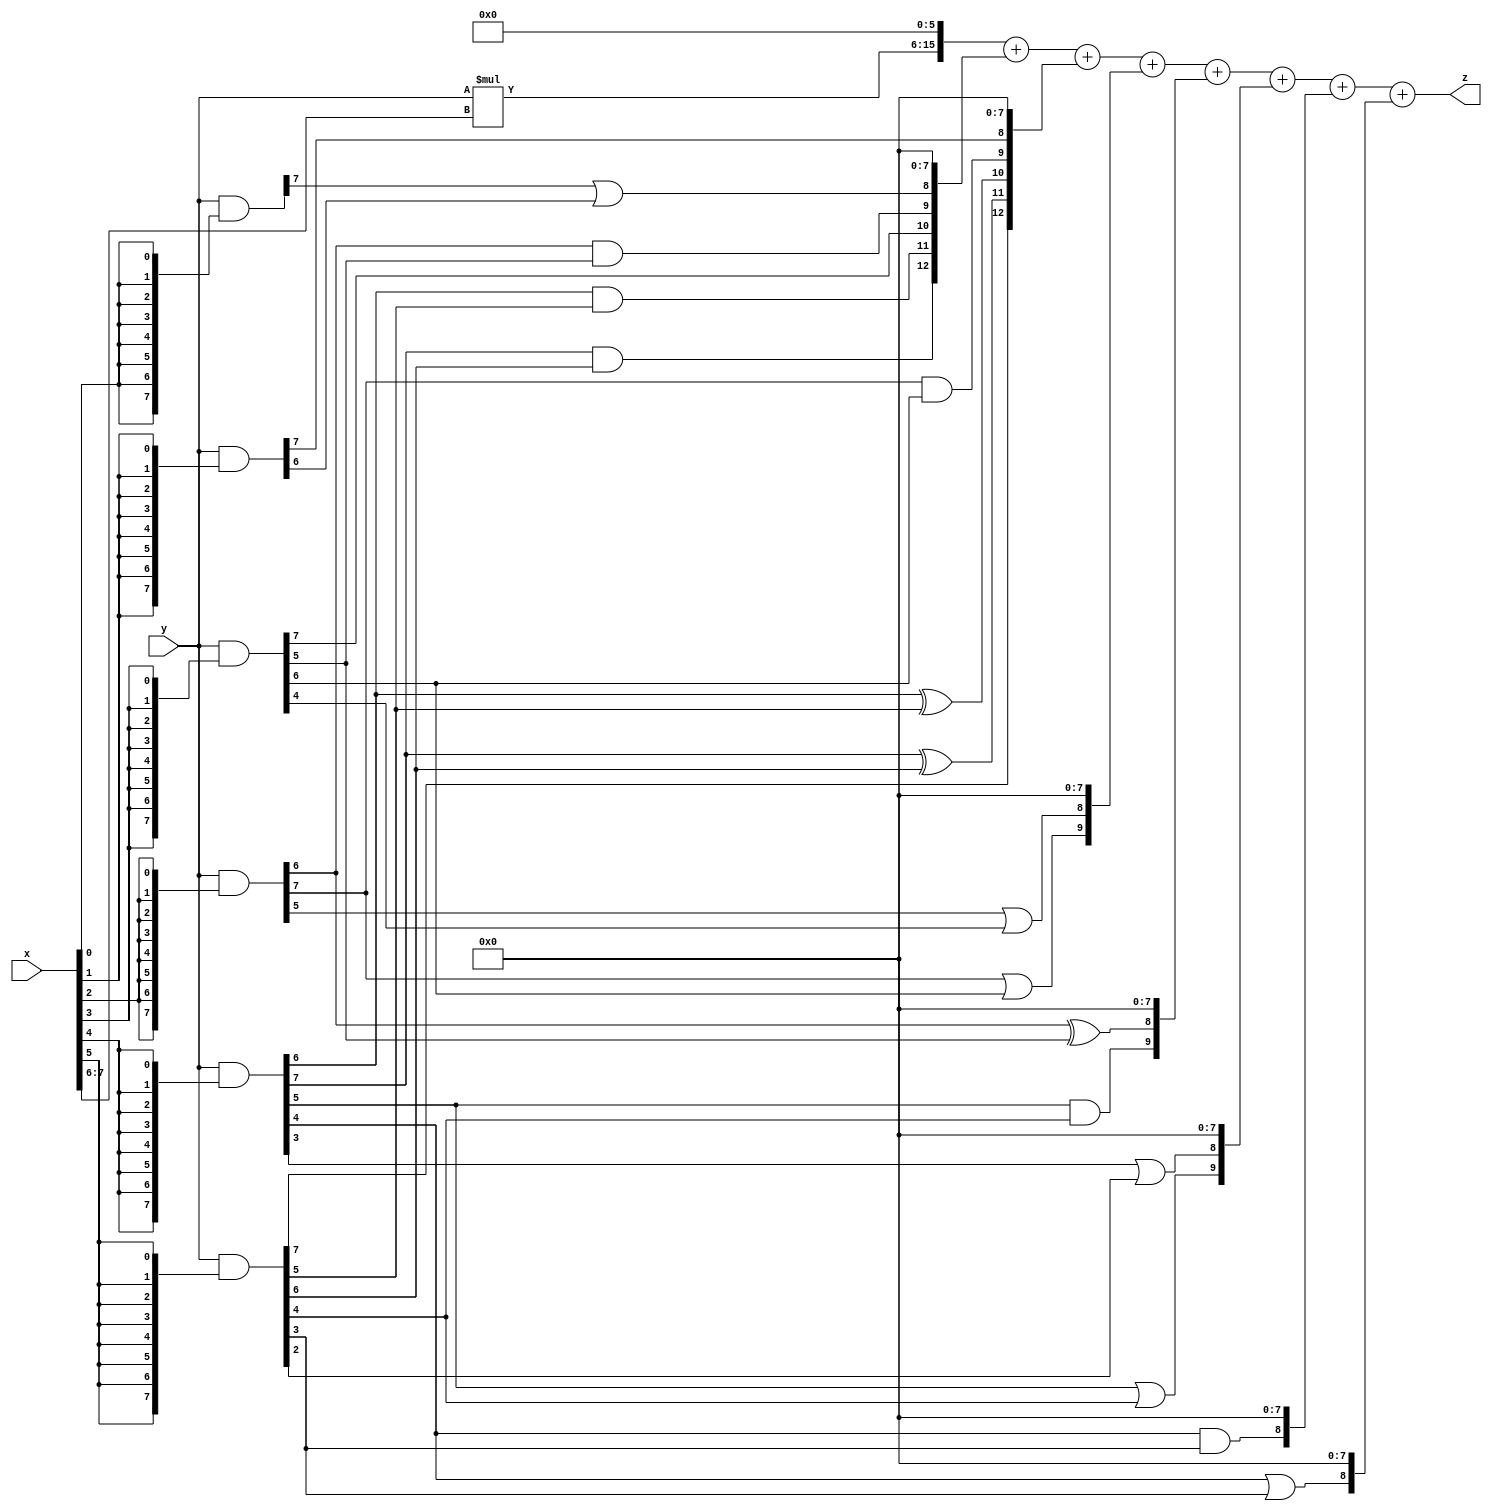
// terms: 18
// fval:  142286.25

module unsigned_8x8_l6_lamb7000_9 (
	input [7:0] x,
	input [7:0] y,
	output [15:0] z
);

wire [9:0] tmp_z = y*x[7:6];

wire [7:0] part1 =  y & {8{x[0]}};
wire [7:0] part2 =  y & {8{x[1]}};
wire [7:0] part3 =  y & {8{x[2]}};
wire [7:0] part4 =  y & {8{x[3]}};
wire [7:0] part5 =  y & {8{x[4]}};
wire [7:0] part6 =  y & {8{x[5]}};

wire [12:0] new_part1;
assign new_part1[0] = 0;
assign new_part1[1] = 0;
assign new_part1[2] = 0;
assign new_part1[3] = 0;
assign new_part1[4] = 0;
assign new_part1[5] = 0;
assign new_part1[6] = 0;
assign new_part1[7] = 0;
assign new_part1[8] = part1[7] | part2[6];
assign new_part1[9] = part3[6] & part4[5];
assign new_part1[10] = part4[7];
assign new_part1[11] = part5[6] & part6[5];
assign new_part1[12] = part5[7] & part6[6];

wire [12:0] new_part2;
assign new_part2[0] = 0;
assign new_part2[1] = 0;
assign new_part2[2] = 0;
assign new_part2[3] = 0;
assign new_part2[4] = 0;
assign new_part2[5] = 0;
assign new_part2[6] = 0;
assign new_part2[7] = 0;
assign new_part2[8] = part2[7];
assign new_part2[9] = part3[7] & part4[6];
assign new_part2[10] = part5[6] ^ part6[5];
assign new_part2[11] = part5[7] ^ part6[6];
assign new_part2[12] = part6[7];

wire [9:0] new_part3;
assign new_part3[0] = 0;
assign new_part3[1] = 0;
assign new_part3[2] = 0;
assign new_part3[3] = 0;
assign new_part3[4] = 0;
assign new_part3[5] = 0;
assign new_part3[6] = 0;
assign new_part3[7] = 0;
assign new_part3[8] = part3[5] | part4[4];
assign new_part3[9] = part3[7] | part4[6];

wire [9:0] new_part4;
assign new_part4[0] = 0;
assign new_part4[1] = 0;
assign new_part4[2] = 0;
assign new_part4[3] = 0;
assign new_part4[4] = 0;
assign new_part4[5] = 0;
assign new_part4[6] = 0;
assign new_part4[7] = 0;
assign new_part4[8] = part3[6] ^ part4[5];
assign new_part4[9] = part5[5] & part6[4];

wire [9:0] new_part5;
assign new_part5[0] = 0;
assign new_part5[1] = 0;
assign new_part5[2] = 0;
assign new_part5[3] = 0;
assign new_part5[4] = 0;
assign new_part5[5] = 0;
assign new_part5[6] = 0;
assign new_part5[7] = 0;
assign new_part5[8] = part5[3] | part6[2];
assign new_part5[9] = part5[5] | part6[4];

wire [8:0] new_part6;
assign new_part6[0] = 0;
assign new_part6[1] = 0;
assign new_part6[2] = 0;
assign new_part6[3] = 0;
assign new_part6[4] = 0;
assign new_part6[5] = 0;
assign new_part6[6] = 0;
assign new_part6[7] = 0;
assign new_part6[8] = part5[4] & part6[3];

wire [8:0] new_part7;
assign new_part7[0] = 0;
assign new_part7[1] = 0;
assign new_part7[2] = 0;
assign new_part7[3] = 0;
assign new_part7[4] = 0;
assign new_part7[5] = 0;
assign new_part7[6] = 0;
assign new_part7[7] = 0;
assign new_part7[8] = part5[4] | part6[3];

assign z = {tmp_z, 6'd 0} + new_part1 + new_part2 + new_part3 + new_part4 + new_part5 + new_part6 + new_part7;
endmodule